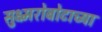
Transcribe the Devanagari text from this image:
सुक्ष्मरोबोटाच्या